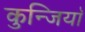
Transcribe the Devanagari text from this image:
कुन्जियाॅ